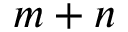
m + n